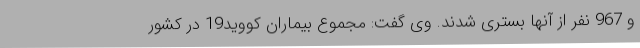
و 967 نفر از آنها بستری شدند. وی گفت: مجموع بیماران کووید19 در کشور